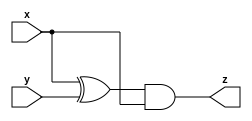
module circuit_a (input x, input y, output z);
    assign z = (x ^ y) & x;
endmodule


module circuit_b (input x, input y, output z);
    assign z = (x & y) | (~x & ~y);
endmodule



module top_module (input x, input y, output z);


    wire ia1_z, ia2_z, ib1_z, ib2_z;

    circuit_a ia1 (.x(x), .y(y), .z(ia1_z));
    circuit_a ia2 (.x(x), .y(y), .z(ia2_z));
    circuit_b ib1 (.x(x), .y(y), .z(ib1_z));
    circuit_b ib2 (.x(x), .y(y), .z(ib2_z));

    assign z = (ia1_z | ib1_z) ^ (ia2_z & ib2_z);


endmodule